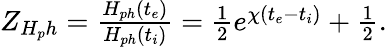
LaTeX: \begin{array}{l}{{Z_{H_{p}h}=\frac{H_{ph}(t_{e})}{H_{ph}(t_{i})}=\frac{1}{2}e^{\chi(t_{e}-t_{i})}+\frac{1}{2}.}}\end{array}